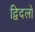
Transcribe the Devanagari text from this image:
द्विदलों